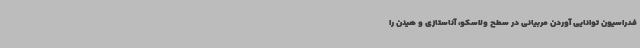
فدراسیون توانایی آوردن مربیانی در سطح ولاسکو، آناستازی و هینن را